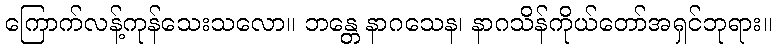
ကြောက်လန့်ကုန်သေးသလော။ ဘန္တေ နာဂသေန၊ နာဂသိန်ကိုယ်တော်အရှင်ဘုရား။